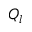
Q _ { l }